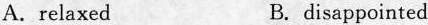
A. relaxed B. disappointed